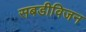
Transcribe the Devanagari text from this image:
सबडीविजन